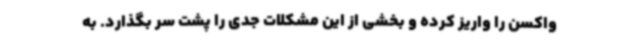
واکسن را واریز کرده و بخشی از این مشکلات جدی را پشت سر بگذارد. به